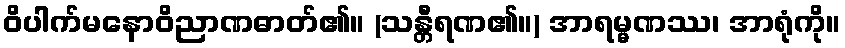
ဝိပါက်မနောဝိညာဏဓာတ်၏။ (သန္တီရဏ၏။) အာရမ္မဏဿ၊ အာရုံကို။